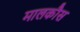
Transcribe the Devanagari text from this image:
मालकौस